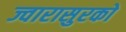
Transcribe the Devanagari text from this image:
ज्वारासुरको